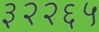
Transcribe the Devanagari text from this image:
३२२६५